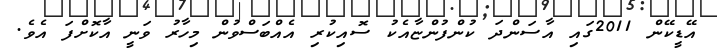
އޭޑީކޭން 2011ގައި އާސަންދަ ކުންފުންޏާއެކު ސޮއިކުރި އެއްބަސްވުން މިހާރު ވަނީ އާކޮށްފަ އެވެ.